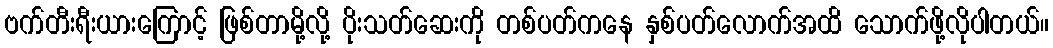
ဗက်တီးရီးယားကြောင့် ဖြစ်တာမို့လို့ ပိုးသတ်ဆေးကို တစ်ပတ်ကနေ နှစ်ပတ်လောက်အထိ သောက်ဖို့လိုပါတယ်။